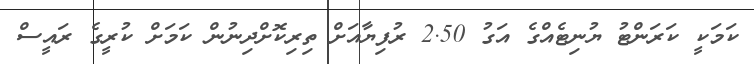
ކަމަކީ ކަރަންޓު ޔުނިޓެއްގެ އަގު 2.50 ރުފިޔާއަށް ތިރިކޮށްދިނުން ކަމަށް ކުރީގެ ރައީސް